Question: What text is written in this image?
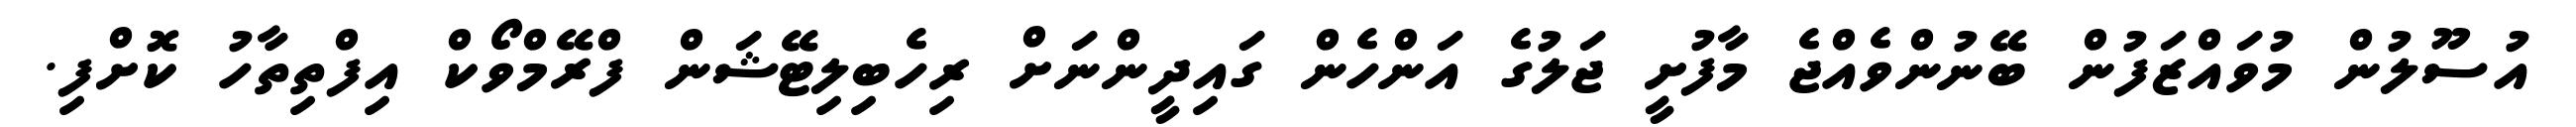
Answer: އުސޫލުން މުވައްޒަފުން ބޭނުންވެއްޖެ މާފުށީ ޖަލުގެ އަންހެން ގައިދީންނަށް ރިހެބިލިޓޭޝަން ފްރޭމްވޯކް އިފްތިތާހު ކޮށްފި.